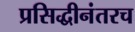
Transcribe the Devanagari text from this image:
प्रसिद्धीनंतरच